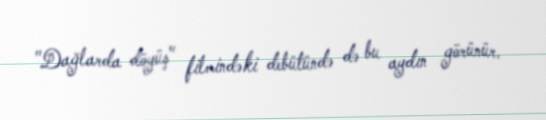
"Dağlarda döyüş" filmindəki debütündə də bu aydın görünür.